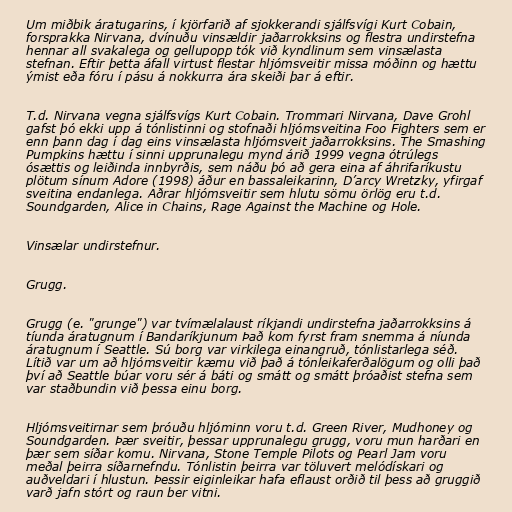
Um miðbik áratugarins, í kjörfarið af sjokkerandi sjálfsvígi Kurt Cobain,
forsprakka Nirvana, dvínuðu vinsældir jaðarrokksins og flestra undirstefna
hennar all svakalega og gellupopp tók við kyndlinum sem vinsælasta
stefnan. Eftir þetta áfall virtust flestar hljómsveitir missa móðinn og hættu
ýmist eða fóru í pásu á nokkurra ára skeiði þar á eftir.

T.d. Nirvana vegna sjálfsvígs Kurt Cobain. Trommari Nirvana, Dave Grohl
gafst þó ekki upp á tónlistinni og stofnaði hljómsveitina Foo Fighters sem er
enn þann dag í dag eins vinsælasta hljómsveit jaðarrokksins. The Smashing
Pumpkins hættu í sinni upprunalegu mynd árið 1999 vegna ótrúlegs
ósættis og leiðinda innbyrðis, sem náðu þó að gera eina af áhrifaríkustu
plötum sínum Adore (1998) áður en bassaleikarinn, D’arcy Wretzky, yfirgaf
sveitina endanlega. Aðrar hljómsveitir sem hlutu sömu örlög eru t.d.
Soundgarden, Alice in Chains, Rage Against the Machine og Hole.

Vinsælar undirstefnur.

Grugg.

Grugg (e. "grunge") var tvímælalaust ríkjandi undirstefna jaðarrokksins á
tíunda áratugnum í Bandaríkjunum Það kom fyrst fram snemma á níunda
áratugnum í Seattle. Sú borg var virkilega einangruð, tónlistarlega séð.
Lítið var um að hljómsveitir kæmu við það á tónleikaferðalögum og olli það
því að Seattle búar voru sér á báti og smátt og smátt þróaðist stefna sem
var staðbundin við þessa einu borg.

Hljómsveitirnar sem þróuðu hljóminn voru t.d. Green River, Mudhoney og
Soundgarden. Þær sveitir, þessar upprunalegu grugg, voru mun harðari en
þær sem síðar komu. Nirvana, Stone Temple Pilots og Pearl Jam voru
meðal þeirra síðarnefndu. Tónlistin þeirra var töluvert melódískari og
auðveldari í hlustun. Þessir eiginleikar hafa eflaust orðið til þess að gruggið
varð jafn stórt og raun ber vitni.